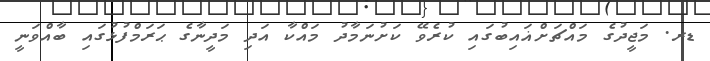
ޑރ. މަޖީދުގެ މައްޗަށްޣައިބުގައި ކުރެވޭ ކަށުނަމާދު މައްކާ އަދި މަދީނާގެ ޙަރަމްފުޅުގައި ބާއްވަނީ